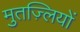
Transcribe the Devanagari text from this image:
मुतज़्लियों